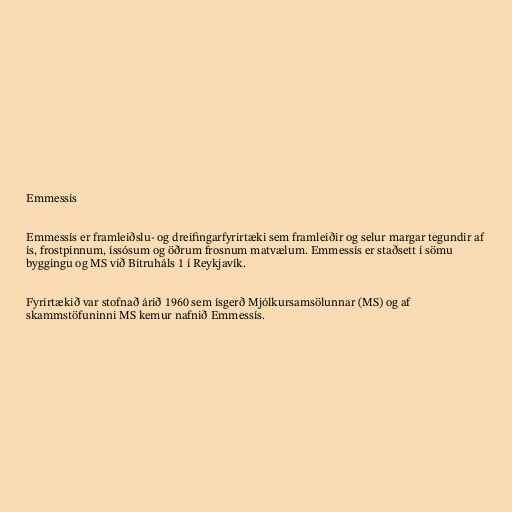
Emmessís

Emmessís er framleiðslu- og dreifingarfyrirtæki sem framleiðir og selur margar tegundir af
ís, frostpinnum, íssósum og öðrum frosnum matvælum. Emmessís er staðsett í sömu
byggingu og MS við Bitruháls 1 í Reykjavík.

Fyrirtækið var stofnað árið 1960 sem ísgerð Mjólkursamsölunnar (MS) og af
skammstöfuninni MS kemur nafnið Emmessís.